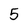
Character: 5